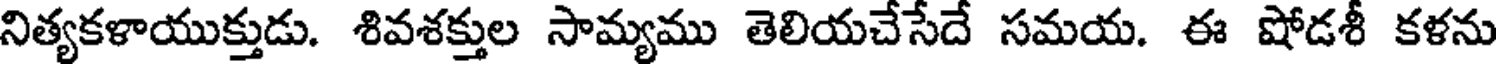
నిత్యకళాయుక్తుడు. శివశక్తుల సామ్యము తెలియచేసేదే సమయ. ఈ షోడశీ కళను